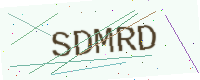
Text: SDMRD